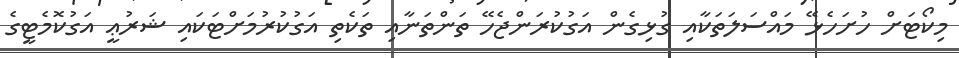
މިކޯޓަށް ހުށަހެޅޭ މައްސަލަތަކާއި ގުޅިގެން އަގުކުރަންޖެހޭ ތަންތަނާއި ތަކެތި އަގުކުރުމަށްޓަކައި ޝަރުޢީ އަގުކޮމެޓީގެ